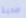
صحبة